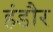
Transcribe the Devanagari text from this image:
हंडौर